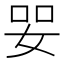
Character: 𡜓